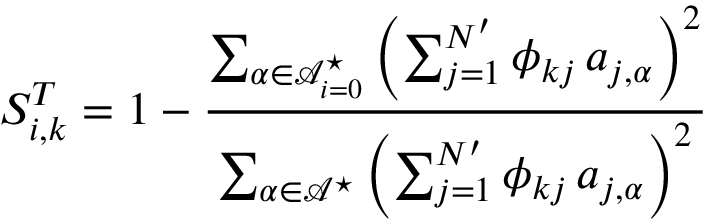
S _ { i , k } ^ { T } = 1 - \frac { \sum _ { \boldsymbol { \alpha } \in \mathcal { A } _ { i = 0 } ^ { \star } } \left( \sum _ { j = 1 } ^ { N ^ { \prime } } \phi _ { k j } \, a _ { j , \boldsymbol { \alpha } } \right) ^ { 2 } } { \sum _ { \boldsymbol { \alpha } \in \mathcal { A } ^ { \star } } \left( \sum _ { j = 1 } ^ { N ^ { \prime } } \phi _ { k j } \, a _ { j , \boldsymbol { \alpha } } \right) ^ { 2 } }